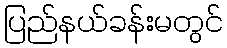
ပြည်နယ်ခန်းမတွင်